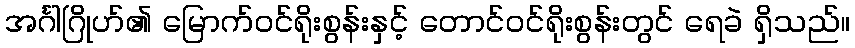
အင်္ဂါဂြိုဟ်၏ မြောက်ဝင်ရိုးစွန်းနှင့် တောင်ဝင်ရိုးစွန်းတွင် ရေခဲ ရှိသည်။